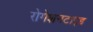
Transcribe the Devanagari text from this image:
रोगेशनटाइड